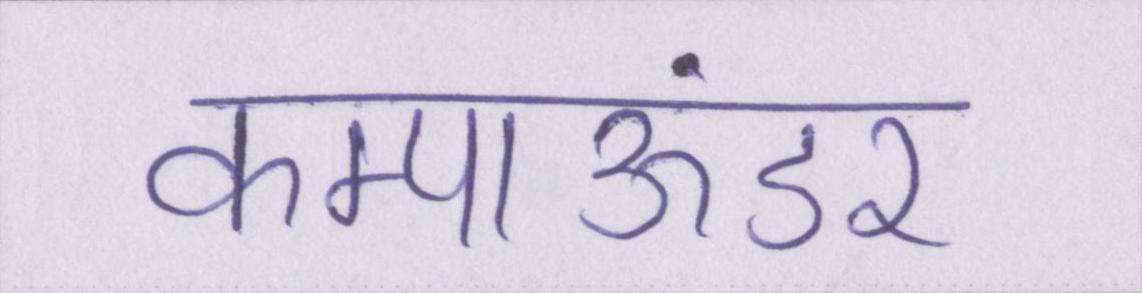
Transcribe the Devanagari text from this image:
कम्पाऊंडर